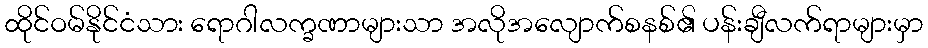
ထိုင်ဝမ်နိုင်ငံသား ရောဂါလက္ခဏာများသာ အလိုအလျောက်စနစ်၏ ပန်းချီလက်ရာများမှာ